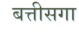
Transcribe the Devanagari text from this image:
बत्तीसगा